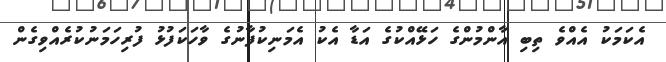
އެކަމަކު އެއްވެ ތިބި އާންމުންގެ ހަޅޭއްކުގެ އަޑާ އެކު އެމަނިކުފާނުގެ ވާހަކަފުޅު ފުރިހަމަނުކުރެއްވިގެން